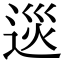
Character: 𨓌